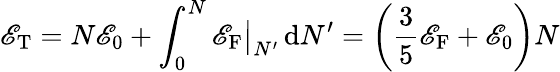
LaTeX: \mathscr{E}_{\mathrm{{{T}}}}=N\mathscr{E}_{0}+\int_{0}^{N}\mathscr{E}_{\mathrm{{F}}}{\big|}_{N^{\prime}}\, \mathrm{{d}}N^{\prime}=\left({\frac{{3}}{{5}}}\mathscr{E}_{\mathrm{{F}}}+\mathscr{E}_{0}\right)N